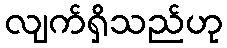
လျက်ရှိသည်ဟု